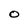
Character: O